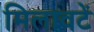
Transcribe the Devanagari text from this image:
मिलावटें